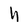
Character: h